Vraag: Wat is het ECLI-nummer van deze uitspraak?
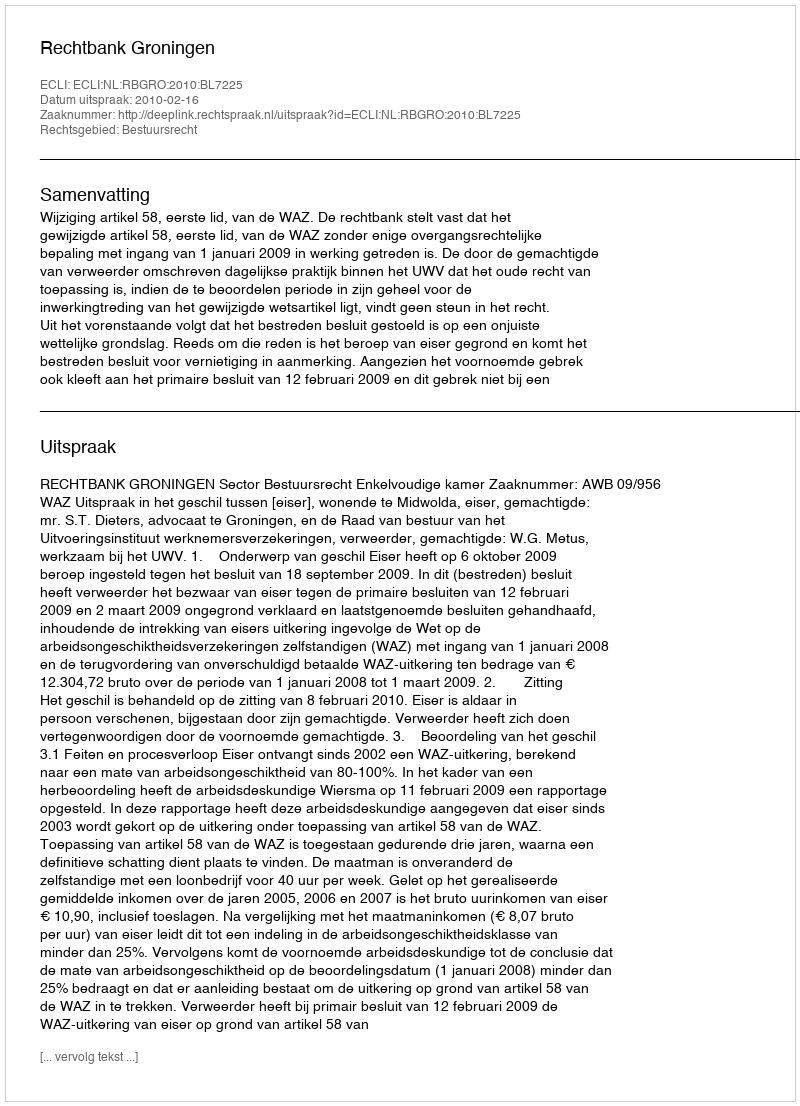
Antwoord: ECLI:NL:RBGRO:2010:BL7225